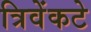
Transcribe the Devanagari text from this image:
त्रिवेंकटे